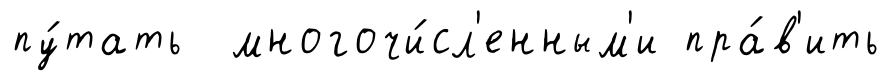
пу́тать многочи́сл'енным'и пра́в'ить